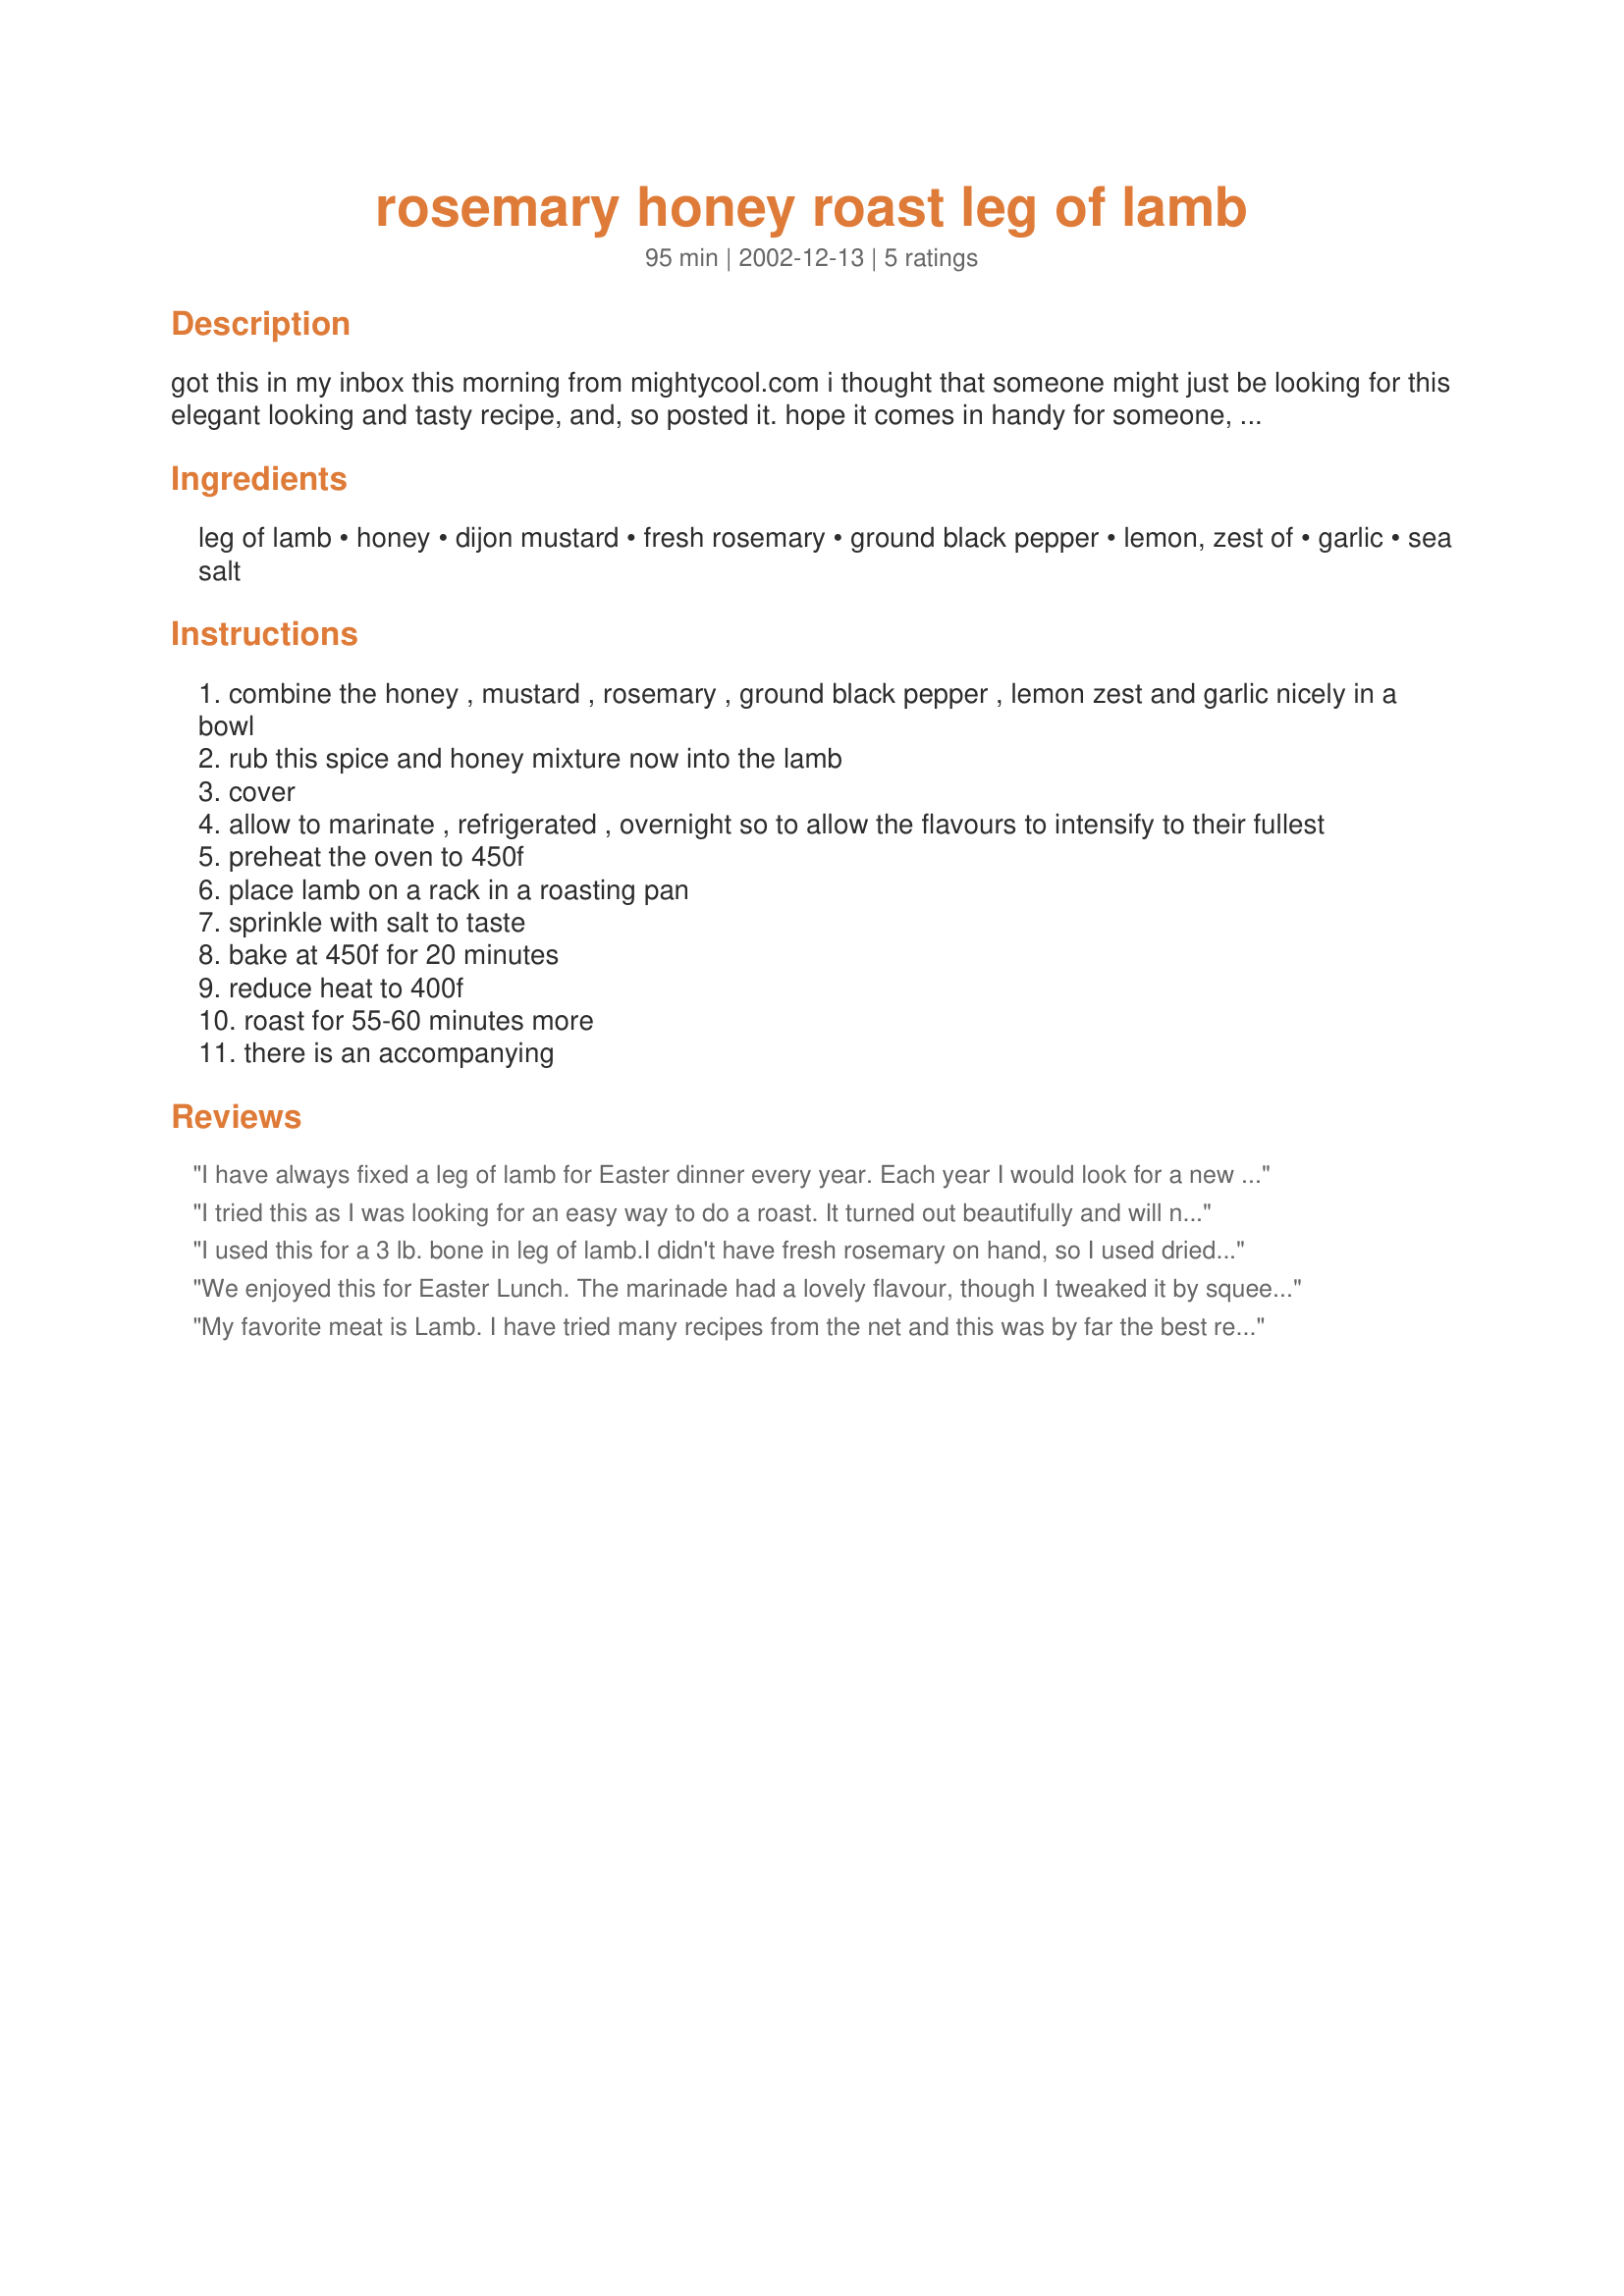
rosemary honey roast leg of lamb
Preparation time: 95 minutes

got this in my inbox this morning from mightycool.com i thought that someone might just be looking for this elegant looking and tasty recipe, and, so posted it. hope it comes in handy for someone, sometime, someday...

Ingredients:
leg of lamb, honey, dijon mustard, fresh rosemary, ground black pepper, lemon, zest of, garlic, sea salt

Steps:
combine the honey , mustard , rosemary , ground black pepper , lemon zest and garlic nicely in a bowl
rub this spice and honey mixture now into the lamb
cover
allow to marinate , refrigerated , overnight so to allow the flavours to intensify to their fullest
preheat the oven to 450f
place lamb on a rack in a roasting pan
sprinkle with salt to taste
bake at 450f for 20 minutes
reduce heat to 400f
roast for 55-60 minutes more
there is an accompanying

Reviews:
I have always fixed a leg of lamb for Easter dinner every year. Each year I would look for a new recipe to prepare, that is, until I prepared it this way. Now my family insists that I use this recipe. It is our favorite, by far.
I tried this as I was looking for an easy way to do a roast. It turned out beautifully and will now be my "standard" roast recipe.
I used this for a 3 lb. bone in leg of lamb.I didn't have fresh rosemary on hand, so I used dried. The overnight time let the flavors infuse into the meat.I used a big plastic bag so I could easily turn the meat. The honey gave it a nice touch. There was no need for any other condimints. I set my internal thermometer @ 145F let it sit for 10 min. and it came out very rare. I will make this again.
We enjoyed this for Easter Lunch. The marinade had a lovely flavour, though I tweaked it by squeezing the juice from the lemon I zested. I did have trouble with the temperatures and timings though, the intial 20 mins at 450F really scorched the outside of the roast and charred the garlic and herbs. Much basting and a reduction in heat to 350F was necessary to retrieve the situtation and it turned out fine in the end. We had the lamb with roasted med veg (aubergine, courgette, fennel, pepper, red onion, cherry tomatoes, new potaotes drizzled with olive oil and sprinkled with mild smoke Spanish paprika and pepper.)
My favorite meat is Lamb. I have tried many recipes from the net and this was by far the best recipe for my tastes. The honey was a nice addition to the usual ingredients. I used regular Mustard spice instead of dijon and it came out nice. I also cooked it @ 425 degree first than brought it down to 325 degrees since I had a small 2 lb roast and didnt want it to cook to fast. It only took 1 hour to cook. Thanks!
